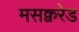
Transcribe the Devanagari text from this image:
मसक्वरेड